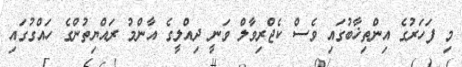
މި ފަަހަރުގެ އިންތިޚާބުގައި ވެސް ކެޖްރިވާލް ވަނީ ދިއްލީގެ އާންމު ރައްޔިތުންގެ ހައްގުގައި